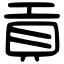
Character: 貢